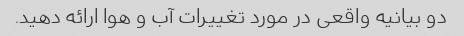
دو بیانیه واقعی در مورد تغییرات آب و هوا ارائه دهید.